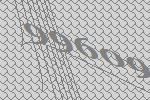
99609